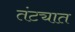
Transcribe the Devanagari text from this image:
तंट्यात